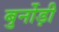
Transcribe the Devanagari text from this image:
बुर्नोड़ी